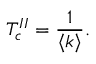
T _ { c } ^ { I I } = \frac { 1 } { \langle k \rangle } .